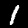
Label: 1